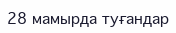
28 мамырда туғандар